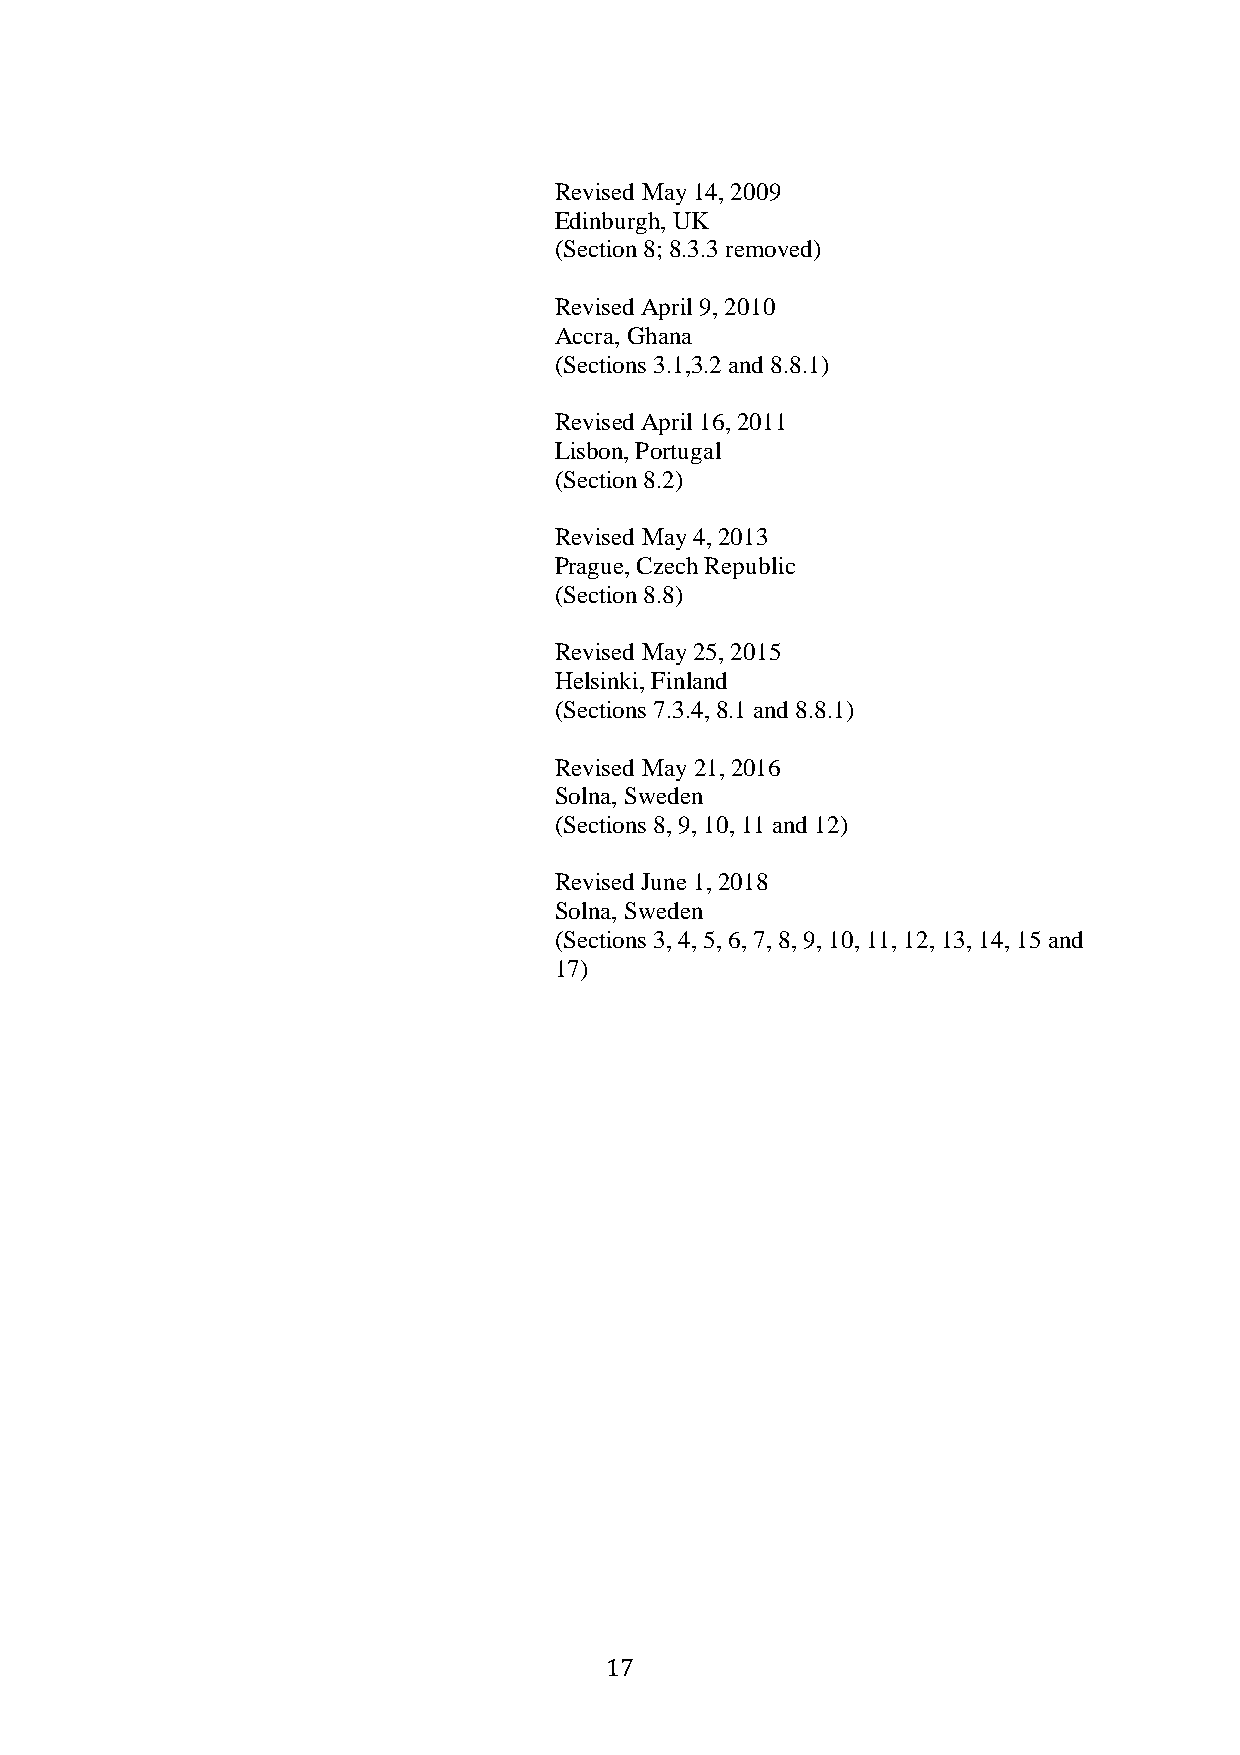
Revised May 14, 2009
 Edinburgh, UK
 (Section 8; 8.3.3 removed)
 Revised April 9, 2010
 Accra, Ghana
 (Sections 3.1,3.2 and 8.8.1)
 Revised April 16, 2011
 Lisbon, Portugal
 (Section 8.2)
 Revised May 4, 2013
 Prague, Czech Republic
 (Section 8.8)
 Revised May 25, 2015
 Helsinki, Finland
 (Sections 7.3.4, 8.1 and 8.8.1)
 Revised May 21, 2016
 Solna, Sweden
 (Sections 8, 9, 10, 11 and 12)
 Revised June 1, 2018
 Solna, Sweden
 (Sections 3, 4, 5, 6, 7, 8, 9, 10, 11, 12, 13, 14, 15 and
 17)
 17